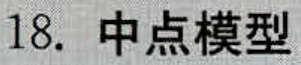
18. 中点模型